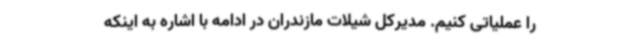
را عملیاتی کنیم. مدیرکل شیلات مازندران در ادامه با اشاره به اینکه